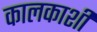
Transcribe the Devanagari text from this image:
कालकाशी